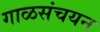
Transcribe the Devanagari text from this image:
गाळसंचयन